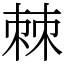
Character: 棘